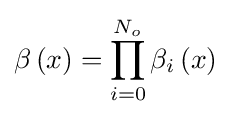
\beta \left(x\right)=\prod \limits _{i=0}^{N_{o}}{{\beta _{i}}\left(x\right)}